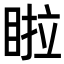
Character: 𭾺